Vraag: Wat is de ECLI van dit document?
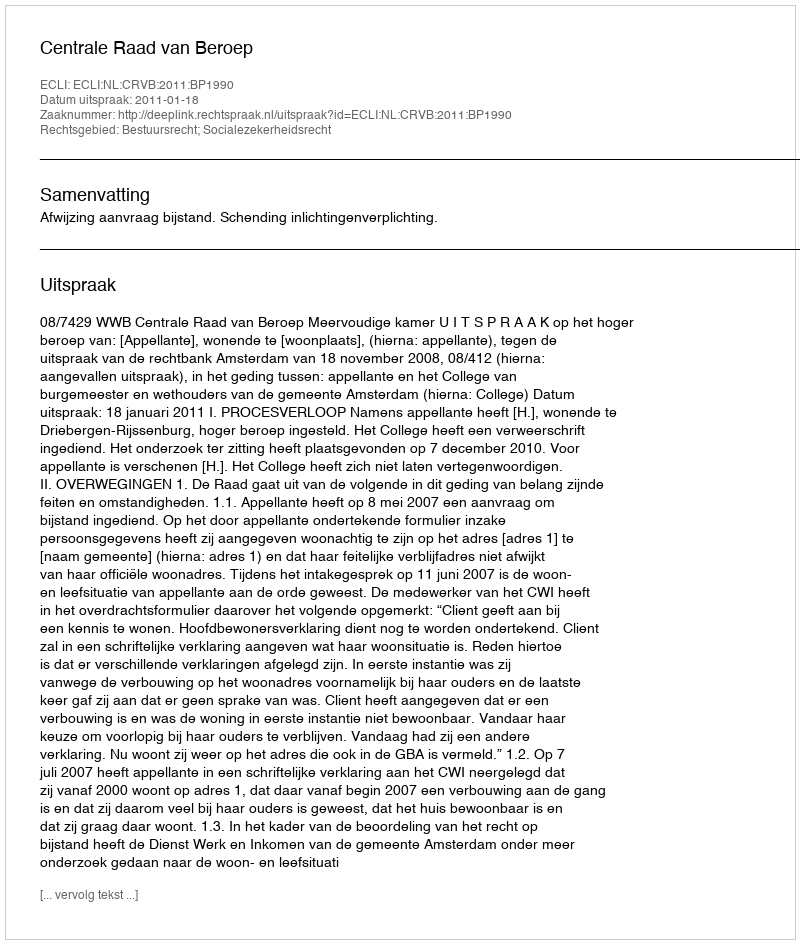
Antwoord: ECLI:NL:CRVB:2011:BP1990